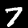
Digit: 7